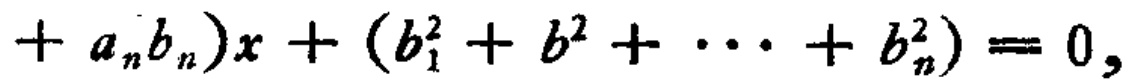
\(+ a_{n}b_{n})x + (b_{1}^{2} + b^{2} + \cdots + b_{n}^{2}) = 0,\)